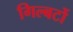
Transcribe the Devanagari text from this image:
गिल्बर्टो